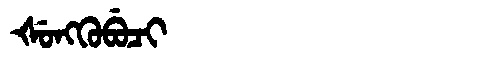
Manchu: ᡧᡠᠩᡴᡠᠪᡠᠴᡳ
Romanization: ŠUNGKUBUCI